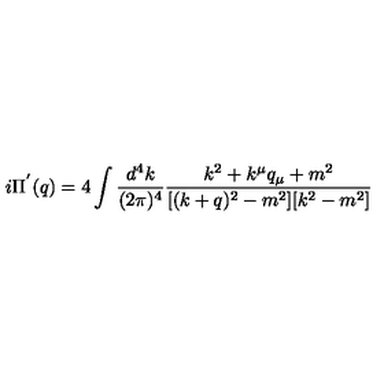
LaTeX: i \Pi ^ { ' } ( q ) = 4 \int \frac { d ^ { 4 } k } { ( 2 \pi ) ^ { 4 } } \frac { k ^ { 2 } + k ^ { \mu } q _ { \mu } + m ^ { 2 } } { [ ( k + q ) ^ { 2 } - m ^ { 2 } ] [ k ^ { 2 } - m ^ { 2 } ] }